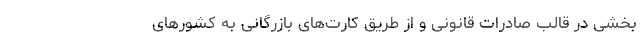
بخشی در قالب صادرات قانونی و از طریق کارت‌های بازرگانی به کشورهای